Report on the bubonic plague in Bombay, 1896-1897
Year: 1896
Disease focus: Plague
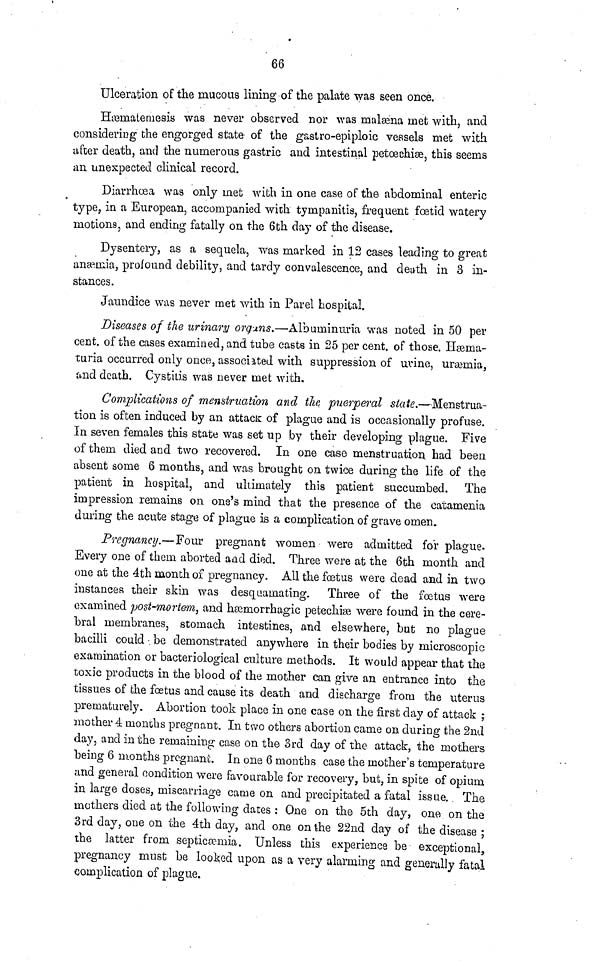
66
Ulceration of the mucous lining of the palate was seen once.
Hæmatemesis was never observed nor was malæna met with, and
considering the engorged state of the gastro-epiploic vessels met with
after death, and the numerous gastric and intestinal petœchiæ, this seems
an unexpected clinical record.
Diarrhæa was only met with in one case of the abdominal enteric
type, in a European, accompanied wich tympanitis, frequent fœtid watery
motions, and ending fatally on the 6th day of the disease.
Dysentery, as a sequela, was marked in 12 cases leading to great
anæmia, profound debility, and tardy convalescence, and death in 3 in-
stances.
Jaundice was never met with in Parel hospital.
Diseases of the urinary organs.—Albuminuria was noted in 50 per
cent. of the cases examined, and tube casts in 25 per cent. of those. Hæma-
turia occurred only once, associated with suppression of urine, uræmia,
and death. Cystitis was never met with.
Complications of menstruation and the puerperal state.—Menstrua-
tion is often induced by an attack of plague and is occasionally profuse.
in seven females this state was set up by their developing plague. Five
of them died and two recovered. In one case menstruation had been
absent some 6 months, and was brought on twice during the life of the
patient in hospital, and ultimately this patient succumbed. The
impression remains on one's mind that the presence of the catamenia
during the acute stage of plague is a complication of grave omen.
Pregnancy.—Four pregnant women were admitted for plague.
Every one of them aborted and died. Three were at the 6th month and
one at the 4th month of pregnancy. All the foetus were dead and in two
instances their skin was desquamating. Three of the foetus were
examined post-mortem, and hæmorrhagic petechiæ were found in the cere-
bral membranes, stomach intestines, and elsewhere, but no plague
bacilli could be demonstrated anywhere in their bodies by microscopic
examination or bacteriological culture methods. It would appear that the
toxic products in the blood of the mother can give an entrance into the
tissues of the foetus and cause its death and, discharge from the uterus
prematurely. Abortion took place in one case on the first clay of attack ;
mother 4 months pregnant. In two others abortion came on during the 2nd
day, and in the remaining case on the 3rd day of the attack, the mothers
being 6 months pregnant. In one 6 months case the mother's temperature
and general condition were favourable for recovery, but, in spite of opium
in large doses, miscarriage came on and precipitated a fatal issue. The
mothers died at the following dates : One on the 5th day, one on the
3rd day, one on the 4th day, and one on the 22nd day of the disease ;
the latter from septicæmia. Unless this experience be exceptional,
pregnancy must be looked upon as a very alarming and generally fatal
complication of plague.